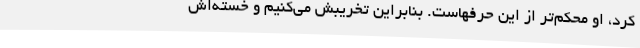
کرد، او محکم‌تر از این حرفهاست. بنابراین تخریبش می‌کنیم و خسته‌اش